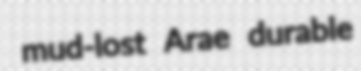
mud-lost Arae durable